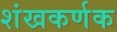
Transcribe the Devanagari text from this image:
शंखकर्णक